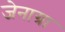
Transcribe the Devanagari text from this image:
जेनाग्रा